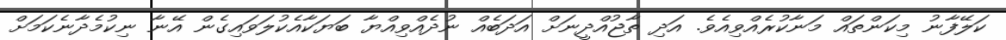
ކަލޭފާނު މިކަންތައް މަނާކުރެއްވިއެވެ. އަދި ތާޖުއްދީނަށް އަދަބެއް ނުދެއްވިއްޔާ ބަޔަކާއެކުލަވައިގެން އޭނާ ނިކުމެދާނެކަމަށް